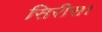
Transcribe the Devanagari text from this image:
सिरीस।